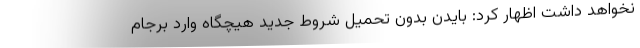
نخواهد داشت اظهار کرد: بایدن بدون تحمیل شروط جدید هیچگاه وارد برجام